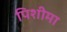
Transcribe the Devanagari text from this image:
पिशीमा